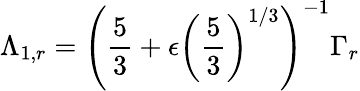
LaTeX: \Lambda_{1,r}=\left(\frac 53+\epsilon\left(\frac 53\right)^{1/3}\right)^{-1}\Gamma_{r}